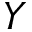
Y